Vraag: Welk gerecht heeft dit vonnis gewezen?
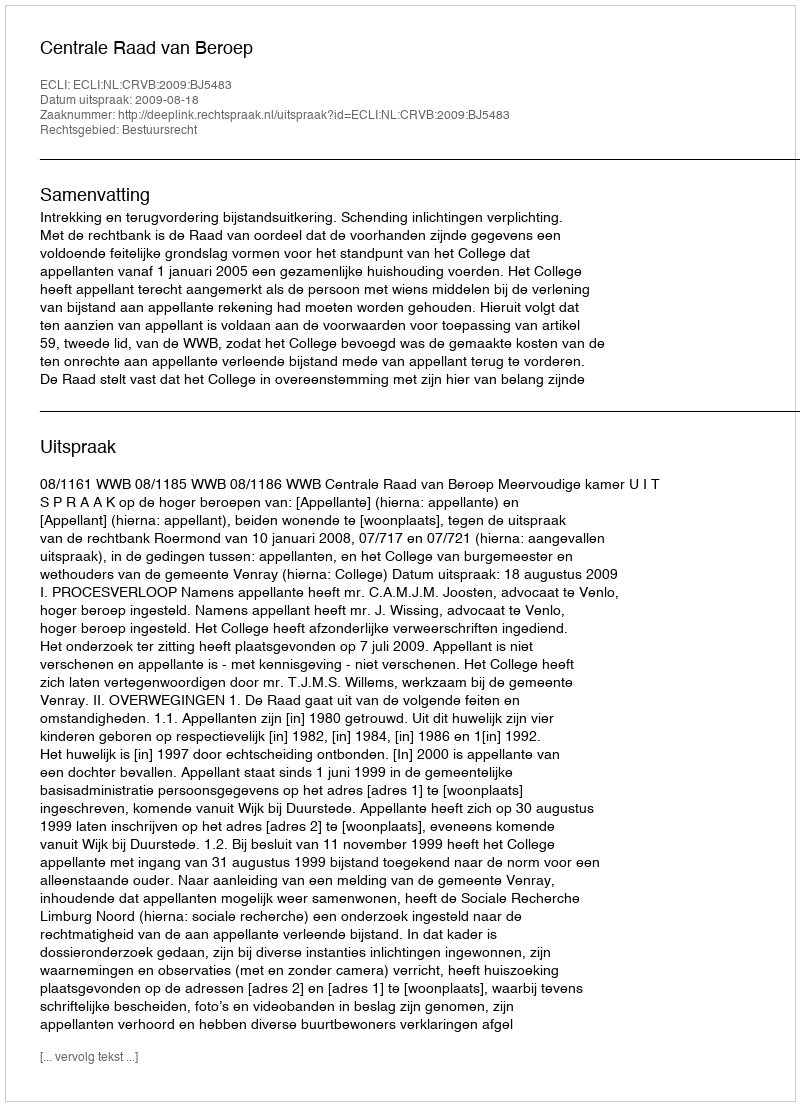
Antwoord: Centrale Raad van Beroep